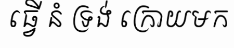
ធ្វើ នំ ទ្រង់ ក្រោយមក